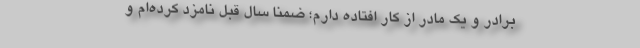
برادر و یک مادر از کار افتاده دارم؛ ضمناً سال قبل نامزد کرده‌ام و